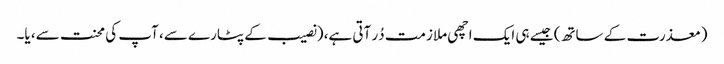
(معذرت کے ساتھ) جیسے ہی ایک اچھی ملازمت دُر آتی ہے، (نصیب کے پٹارے سے، آپ کی محنت سے، یا۔